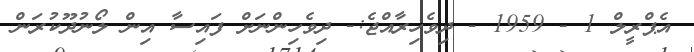
އެޕްރީލް 1 - 1959 - ދިވެހިރާއްޖެ:- ދިވެހިންނަށް ފައިސާ އިން ލޯނުދޫކުރަން